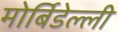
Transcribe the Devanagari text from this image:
मोर्बिडेल्ली